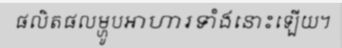
ផលិតផលម្ហូបអាហារទាំងនោះឡើយ។